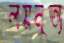
লয়নৃত্য